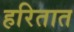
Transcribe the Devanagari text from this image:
हरितात